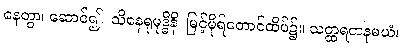
နေတွာ၊ ဆောင်၍။ သိနေရုမုဒ္ဓိနိ၊ မြင့်မိုရ်တောင်ထိပ်၌။ သတ္ထရတနမယံ၊